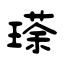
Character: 瑹